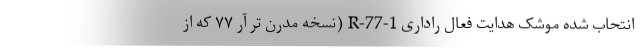
انتحاب شده موشک هدایت فعال راداری R-77-1 (نسخه مدرن تر آر ۷۷ که از